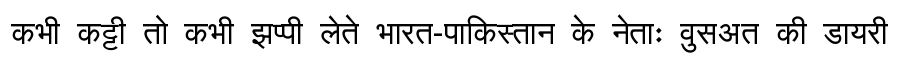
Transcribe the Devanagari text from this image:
कभी कट्टी तो कभी झप्पी लेते भारत-पाकिस्तान के नेताः वुसअत की डायरी